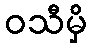
ဝသီမှိ